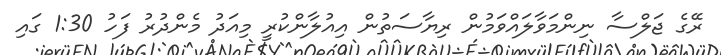
ރޭގެ ޖަލްސާ ނިންމަވާލައްވަމުން ރިޔާސަތުން އިއުލާންކުރީ މިއަދު މެންދުރު ފަހު 1:30 ގައި